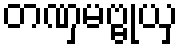
တဏှမဗ္ဗုယှ